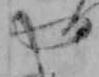
や